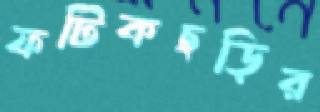
ফটিকছড়ির